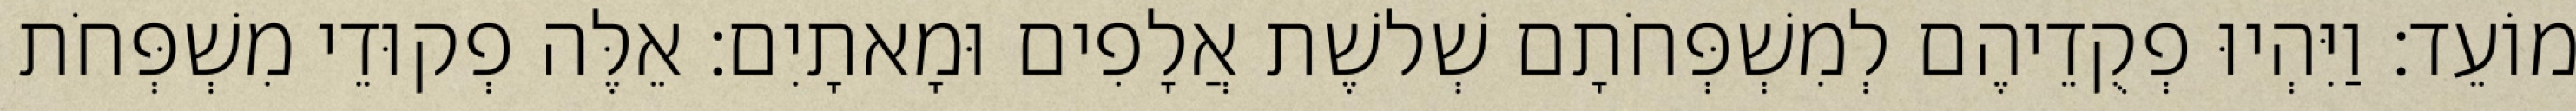
מוֹעֵד׃ וַיִּהְיוּ פְקֻדֵיהֶם לְמִשְׁפְּחֹתָם שְׁלשֶׁת אֲלָפִים וּמָאתָיִם׃ אֵלֶּה פְקוּדֵי מִשְׁפְּחֹת